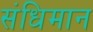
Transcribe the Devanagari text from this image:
संधिमान